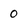
Character: 0